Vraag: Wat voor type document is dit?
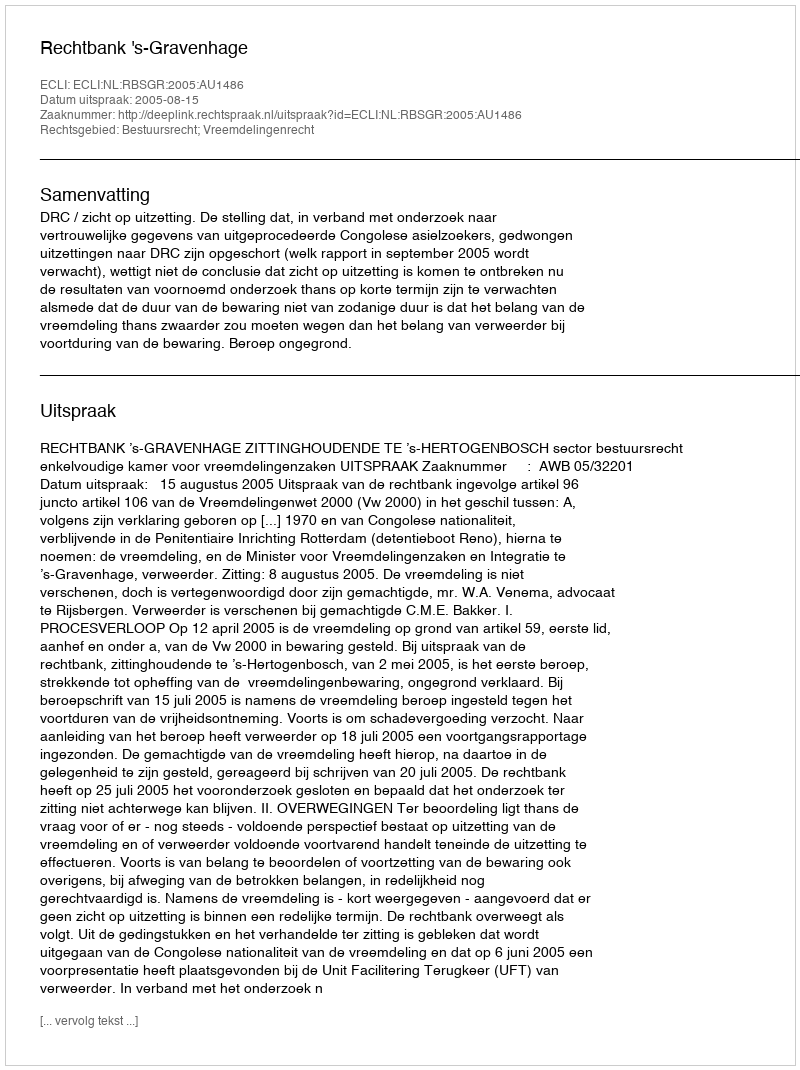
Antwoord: Uitspraak